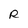
Character: R